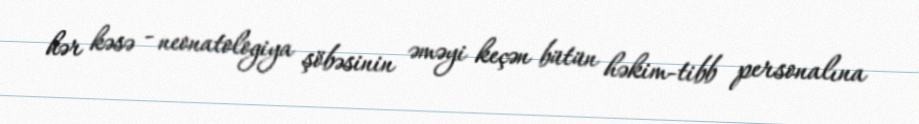
hər kəsə - neonatologiya şöbəsinin əməyi keçən bütün həkim-tibb personalına